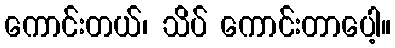
ကောင်းတယ်၊ သိပ် ကောင်းတာပေါ့။